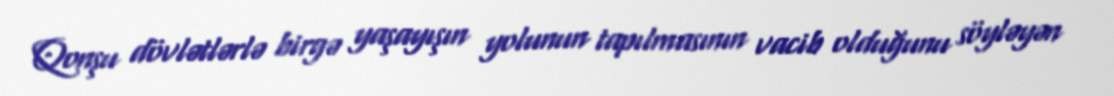
Qonşu dövlətlərlə birgə yaşayışın yolunun tapılmasının vacib olduğunu söyləyən